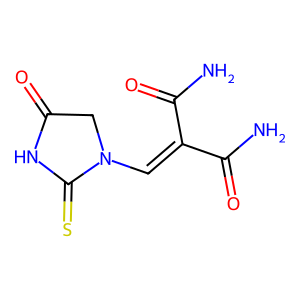
SMILES: NC(=O)C(=CN1CC(=O)NC1=S)C(N)=O
Inhibits HIV replication: No